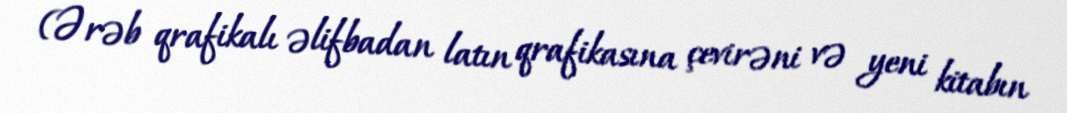
(Ərəb qrafikalı əlifbadan latın qrafikasına çevirəni və yeni kitabın